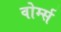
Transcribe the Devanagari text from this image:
वोर्म्स